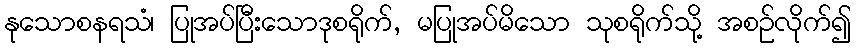
နုသောစနရသံ၊ ပြုအပ်ပြီးသောဒုစရိုက်, မပြုအပ်မိသော သုစရိုက်သို့ အစဉ်လိုက်၍